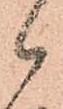
候